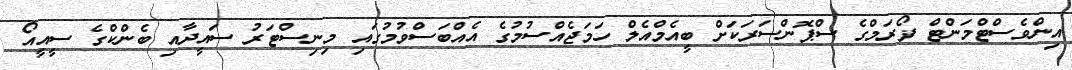
އިންވެސްޓްމަންޓް ފޯރަމްގެ ސްޕޮންސަރަކަށް ބީއެމްއެލް ހަމަޖެއްސުމުގެ އެއްބަސްވުމުގައި މިނިސްޓަރު ސައީދާއި ބެންކްގެ ސީއީއޯ